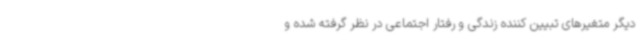
دیگر متغیرهای تبیین کننده زندگی و رفتار اجتماعی در نظر گرفته شده و